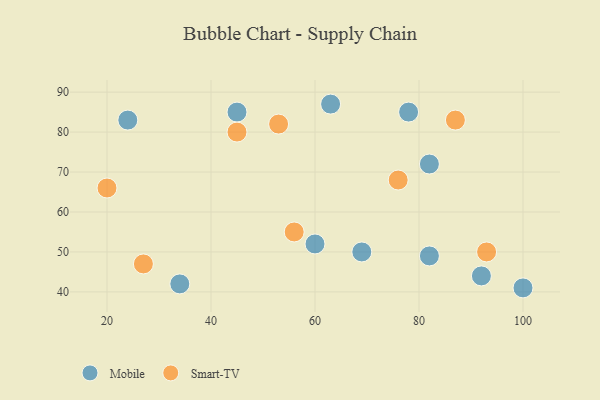
{"axis": {"x": "GDP", "y": "Life Expectancy"}, "legend": ["Mobile", "Smart-TV"], "data": [{"x": "82", "y": 72, "type": "Mobile"}, {"x": "82", "y": 49, "type": "Mobile"}, {"x": "69", "y": 50, "type": "Mobile"}, {"x": "78", "y": 85, "type": "Mobile"}, {"x": "100", "y": 41, "type": "Mobile"}, {"x": "24", "y": 83, "type": "Mobile"}, {"x": "34", "y": 42, "type": "Mobile"}, {"x": "60", "y": 52, "type": "Mobile"}, {"x": "63", "y": 87, "type": "Mobile"}, {"x": "92", "y": 44, "type": "Mobile"}, {"x": "45", "y": 85, "type": "Mobile"}, {"x": "76", "y": 68, "type": "Smart-TV"}, {"x": "93", "y": 50, "type": "Smart-TV"}, {"x": "45", "y": 80, "type": "Smart-TV"}, {"x": "53", "y": 82, "type": "Smart-TV"}, {"x": "20", "y": 66, "type": "Smart-TV"}, {"x": "27", "y": 47, "type": "Smart-TV"}, {"x": "56", "y": 55, "type": "Smart-TV"}, {"x": "87", "y": 83, "type": "Smart-TV"}]}